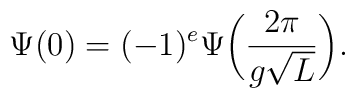
\Psi(0)=(-1)^e\Psi\bigg(\frac{2\pi}{g\sqrt L}\bigg).